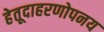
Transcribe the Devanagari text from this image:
हेतूदाहरणोपनय